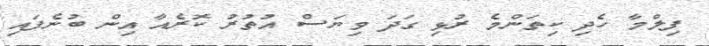
ފިލްމާ ހެދި ކިތަންމެ ރުޅި ގަދަ ވިޔަސް އުތުރު ކޮރެއާ އިން ބުނެފައި